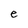
Character: e